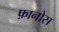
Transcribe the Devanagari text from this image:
फ़ानोस